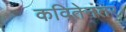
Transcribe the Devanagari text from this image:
कवितेनंतर